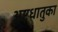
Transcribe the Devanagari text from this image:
अष्टधातुका